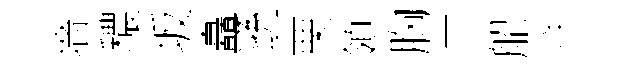
墻穠坂矗遜栗領胸三船泮